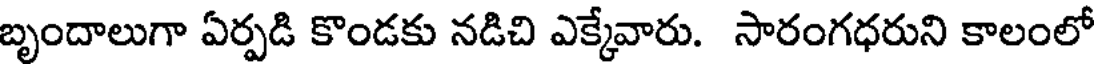
బృందాలుగా ఏర్పడి కొండకు నడిచి ఎక్కేవారు. సారంగధరుని కాలంలో